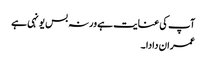
آپ کی عنایت ہے ورنہ بس یونہی ہے
عمران دادا ۔